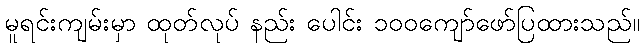
မူရင်းကျမ်းမှာ ထုတ်လုပ် နည်း ပေါင်း ၁၀၀ကျော်ဖော်ပြထားသည်။